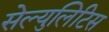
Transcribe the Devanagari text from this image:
सेल्युलिटिस